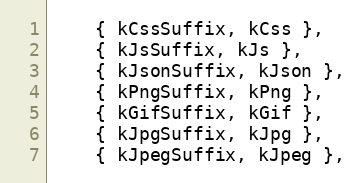
Language: C++
    { kCssSuffix, kCss },
    { kJsSuffix, kJs },
    { kJsonSuffix, kJson },
    { kPngSuffix, kPng },
    { kGifSuffix, kGif },
    { kJpgSuffix, kJpg },
    { kJpegSuffix, kJpeg },